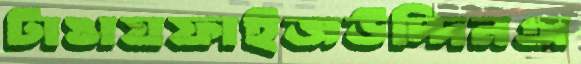
টাঙায়ফাইজউদ্দিনঅ